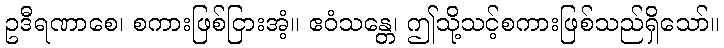
ဥဒီရဏာစေ၊ စကားဖြစ်ငြားအံ့။ ဧဝံသန္တေ၊ ဤသို့သင့်စကားဖြစ်သည်ရှိသော်။